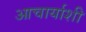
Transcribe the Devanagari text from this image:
आचार्याशी